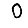
Digit: 0